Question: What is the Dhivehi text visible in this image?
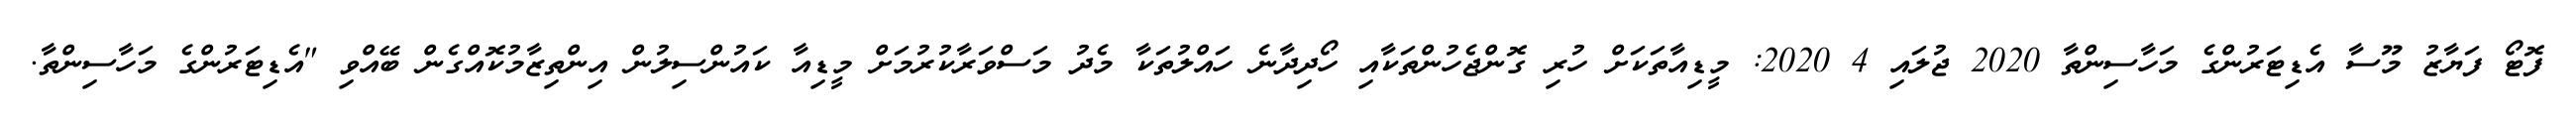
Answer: ފޮޓޯ ފަޔާޒު މޫސާ އެޑިޓަރުންގެ މަހާސިންތާ 2020 ޖުލައި 4 2020: މީޑިއާތަކަށް ހުރި ގޮންޖެހުންތަކާއި ހޯދިދާނެ ހައްލުތަކާ މެދު މަސްވަރާކުރުމަށް މީޑިއާ ކައުންސިލުން އިންތިޒާމުކޮއްގެން ބޭއްވި "އެޑިޓަރުންގެ މަހާސިންތާ.